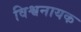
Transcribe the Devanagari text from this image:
विश्वनायक